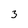
Character: 3